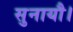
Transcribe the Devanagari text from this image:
सुनायौ।